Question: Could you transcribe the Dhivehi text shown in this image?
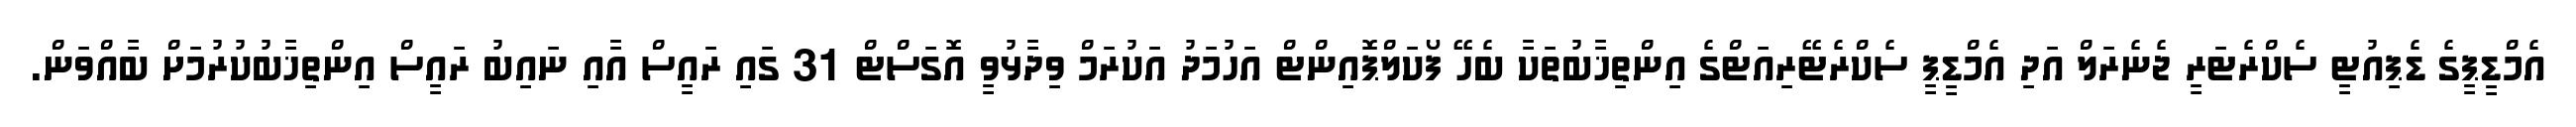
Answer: އެމްޑީޕީގެ ޑެޕިއުޓީ ސެކްރެޓަރީ ޖެނެރަލް އަދި އެމްޑީޕީ ސެކްރެޓޭރިއަޓްގެ އިންތިޚާބުތަކާ ބެހޭ ފޯކަލްޕޮއިންޓް އަހުމަދު އަކުރަމް ވިދާޅުވީ އޮގަސްޓް 31 ގައި ރައީސް އާއި ނައިބު ރައީސް އިންތިޚާބުކުރުމަށް ބާއްވަން.